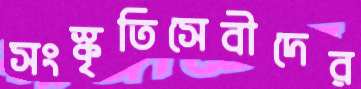
সংস্কৃতিসেবীদের